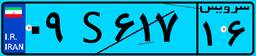
۲۶S۷۶۲۵۹